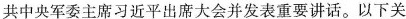
共中央军委主席习近平出席大会并发表重要讲话。以下关